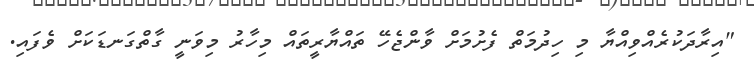
"އިރާދަކުރެއްވިއްޔާ މި ހިދުމަތް ފެށުމަށް ވާންޖެހޭ ތައްޔާރީތައް މިހާރު މިވަނީ ގާތްގަނޑަކަށް ވެފައި.